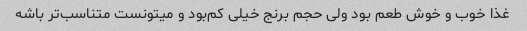
غذا خوب و خوش طعم بود ولی حجم برنج خیلی کم‌بود و میتونست متناسب‌تر باشه